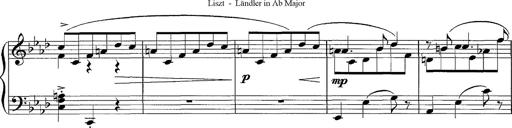
Title: LÃ¤ndler in A flat major
Composer: Franz Liszt
Key: A-flat major